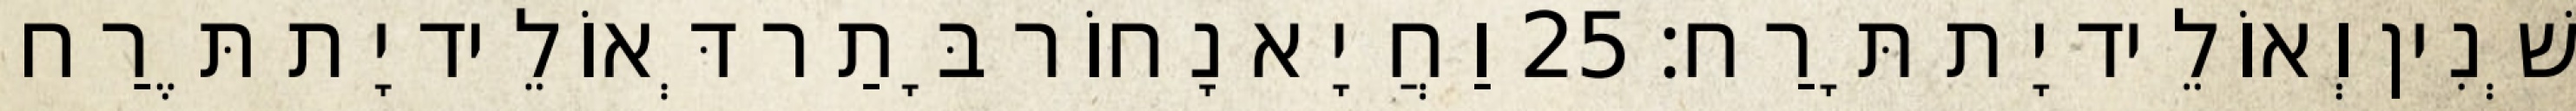
שְׁנִין וְאוֹלֵיד יָת תָּרַח׃ 25 וַחֲיָא נָחוֹר בָּתַר דְּאוֹלֵיד יָת תֶּרַח